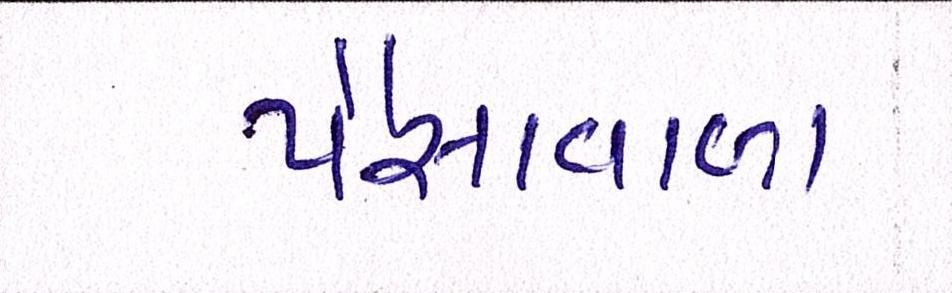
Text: પૈસાવાળા